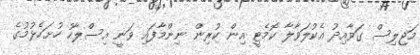
މަޖިލިސް ގަވާއިދު އެކުލަވާލާ ކޮމެޓީ އިން ކުރިން ނިންމާފައި ވަނީ އިސްލާހު ހުށަހެޅުމުގެ